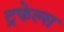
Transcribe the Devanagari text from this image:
ट्रफेल्स